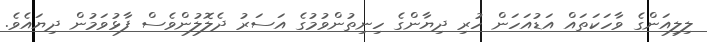
ލިލިއަންގެ ވާހަކަތައް އަޑުއަހަން ހުރި ދިޔާންގެ ހިިނިތުންވުމުގެ އަސަރު ދެލޮލުންވެސް ފާޅުވަމުން ދިޔައެވެ.